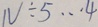
N \div 5 \cdots 4